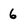
Character: 6